Indian journal of veterinary science and animal husbandry - Volume 3,
Year: 1933
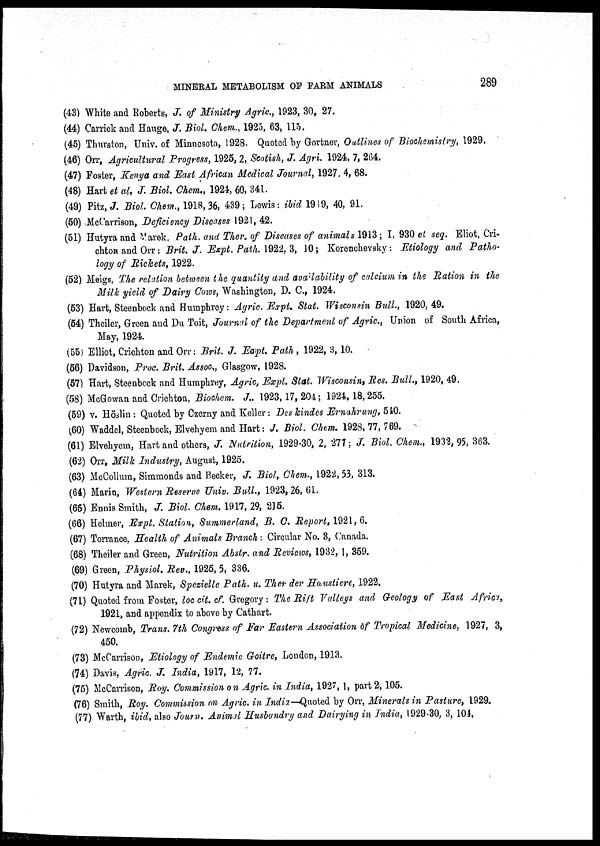
MINERAL METABOLISM OF FARM ANIMALS
289
(43) White and Roberts, J. of Ministry Agric., 1923, 30, 27.
(44) Carrick and Hauge, J. Biol. Chem., 1925, 63, 115.
(45) Thurston, Univ. of Minnesota, 1928. Quoted by Gortner, Outlines of Biochemistry, 1929.
(46) Orr, Agricultural Progress, 1925, 2, Scotish, J. Agri. 1924, 7, 264.
(47) Foster, Kenya and East African Medical Journal, 1927, 4, 68.
(48) Hart et al, J. Biol. Chem., 1924, 60, 341.
(49) Pitz, J. Biol. Chem., 1918, 36, 439; Lewis : ibid 1919, 40, 91.
(50) McCarrison, Deficiency Diseases 1921, 42.
(51) Hutyra and Marek, Path. and Ther. of Diseases of animals 1913 ; I, 930 et seq. Eliot, Cri-
chton and Orr: Brit. J. Expt. Path. 1922, 3, 10; Korenchevsky : Etiology and Patho-
logy of Rickets, 1922.
(52) Meigs, The relation between the quantity and availability of calcium in the Ration in the
Milk yield of Dairy Cows, Washington, D. C., 1924.
(53) Hart, Steenbock and Humphrey: Agric. Expt. Stat. Wisconsin Bull., 1920, 49.
(54) Theiler, Green and Du Toit, Journal of the Department of Agric., Union of South Africa,
May, 1924.
(55) Elliot, Crichton and Orr: Brit. J. Expt. Path, 1922, 3, 10.
(56) Davidson, Proc. Brit. Assoc,, Glasgow, 1928.
(57) Hart, Steenbock and Humphrey, Agric, Expt. Stat. Wisconsin, Res. Bull., 1920, 49.
(58) McGowan and Crichton, Biochem. J., 1923, 17, 204; 1924, 18, 255.
(59) v. Höslin : Quoted by Czerny and Keller : Des kindes Ernahrung, 540.
(60) Waddel, Steenbock, Elvehyem and Hart : J. Biol. Chem. 1928, 77, 769.
(61) Elvehyem, Hart and others, J. Nutrition, 1929-30, 2, 277; J. Biol. Chem., 1932, 95, 363.
(62) Orr, Milk Industry, August, 1925.
(63) McCollum, Simmonds and Becker, J. Biol, Chem., 1922, 53, 313.
(64) Marin, Western Reserve Univ. Bull., 1923, 26, 61.
(65) Ennis Smith, J. Biol. Chem. 1917, 29, 215.
(66) Helmer, Expt. Station, Summerland, B. C. Report, 1921, 6.
(67) Torrance, Health of Animals Branch : Circular No. 3, Canada.
(68) Theiler and Green, Nutrition Abstr. and Reviews, 1932, 1, 359.
(69) Green, Physiol. Rev., 1925, 5, 336.
(70) Hutyra and Marek, Spezielle Path. u. Ther der Haustiere, 1922.
(71) Quoted from Foster, loc cit. cf. Gregory: The Rift Valleys and Geology of East Africa,
1921, and appendix to above by Cathart.
(72) Newcomb, Trans. 7th Congress of Far Eastern Association of Tropical Medicine, 1927, 3,
450.
(73) McCarrison, Etiology of Endemic Goitre, London, 1913.
(74) Davis, Agric. J. India, 1917, 12, 77.
(75) McCarrison, Roy. Commission on Agric. in India, 1927, 1, part 2, 105.
(76) Smith, Roy. Commission on Agric. in India—Quoted by Orr, Minerals in Pasture, 1929.
(77) Warth, ibid, also Journ. Animal Husbandry and Dairying in India, 1929-30, 3, 104.